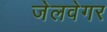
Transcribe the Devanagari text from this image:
जेलवेगर